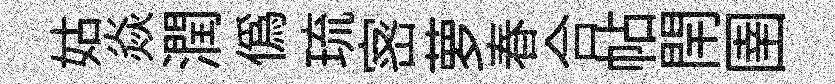
姑焱潤僞琉宻萝春合帖閈圉